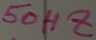
Text: 50HZ